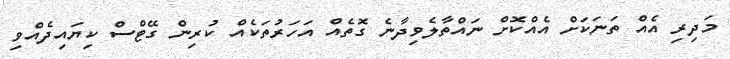
މަދިރި އެއް ތަނަކަށް އެއްކޮށް ނައްތާލެވިދާނެ ގޮތެއް އަހަރުތަކެއް ކުރިން ގޭޓްސް ކިޔައިދެއްވި